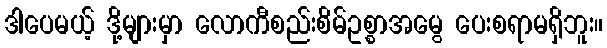
ဒါပေမယ့် ဒို့များမှာ လောကီစည်းစိမ်ဥစ္စာအမွေ ပေးစရာမရှိဘူး။